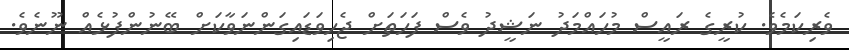
ވެރިކަމެވެ. ކުރީގެ ރައީސް މުހައްމަދު ނަޝީދު ވެސް ފަހަތަށް ޖެހިވަޑައިގަންނަވާކަށް ބޭނުންފުޅެއް ނޫނެވެ.